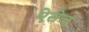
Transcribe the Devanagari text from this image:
ऐसेज